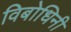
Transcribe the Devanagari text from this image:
विबोधिनी